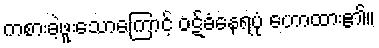
ကစားခဲ့ဖူးသောကြောင့် ဝဋ်ခံနေရပုံ ဟောထား၏။